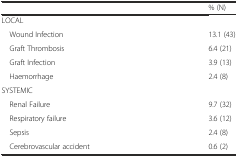
<table><thead><tr><td></td><td><b>% (N)</b></td></tr></thead><tbody><tr><td>LOCAL</td><td></td></tr><tr><td> Wound Infection</td><td>13.1 (43)</td></tr><tr><td> Graft Thrombosis</td><td>6.4 (21)</td></tr><tr><td> Graft Infection</td><td>3.9 (13)</td></tr><tr><td> Haemorrhage</td><td>2.4 (8)</td></tr><tr><td>SYSTEMIC</td><td></td></tr><tr><td> Renal Failure</td><td>9.7 (32)</td></tr><tr><td> Respiratory failure</td><td>3.6 (12)</td></tr><tr><td> Sepsis</td><td>2.4 (8)</td></tr><tr><td> Cerebrovascular accident</td><td>0.6 (2)</td></tr></tbody></table>